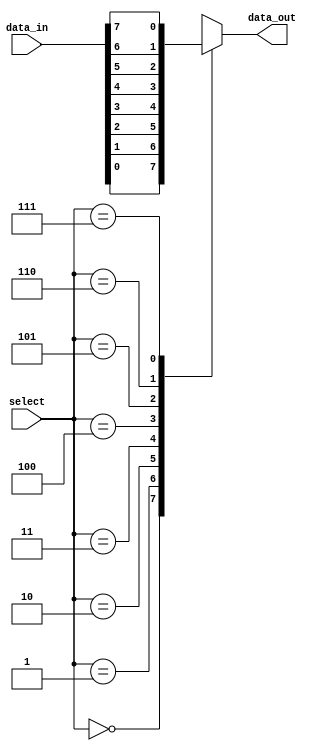
module mux_8to1 (
    input [7:0] data_in,
    input [2:0] select,
    output reg data_out
);

always @(select or data_in)
begin
    case (select)
        3'b000: data_out = data_in[0];
        3'b001: data_out = data_in[1];
        3'b010: data_out = data_in[2];
        3'b011: data_out = data_in[3];
        3'b100: data_out = data_in[4];
        3'b101: data_out = data_in[5];
        3'b110: data_out = data_in[6];
        3'b111: data_out = data_in[7];
        default: data_out = 0;
    endcase
end

endmodule